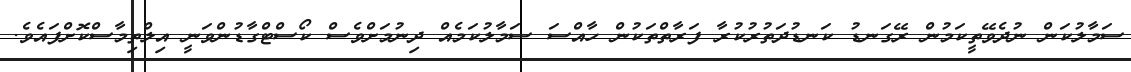
ސަމާލުކަން ނުދެވޭތީކަމުން ރޭގަނޑު ކަނޑުދަތުރުކުރާ ފަރާތްތަކުން ހާއްސަ ސަމާލުކަމެއް ދިނުމަށްވެސް ކޯސްޓްގާޑުންވަނީ އިލްތިމާސްކޮށްފައެވެ.